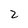
Character: 2